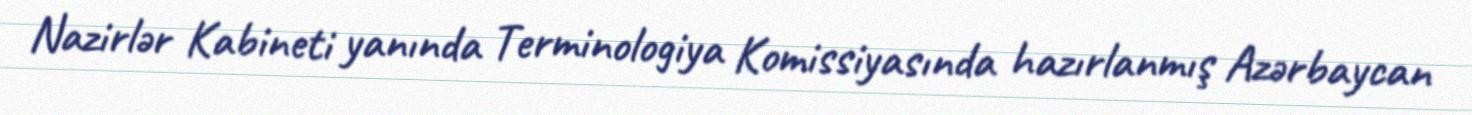
Nazirlər Kabineti yanında Terminologiya Komissiyasında hazırlanmış Azərbaycan